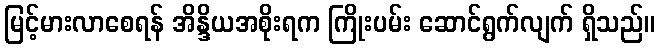
မြင့်မားလာစေရန် အိန္ဒိယအစိုးရက ကြိုးပမ်း ဆောင်ရွက်လျက် ရှိသည်။